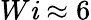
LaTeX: W\mathit{i}\approx6